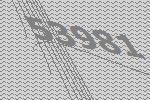
53981